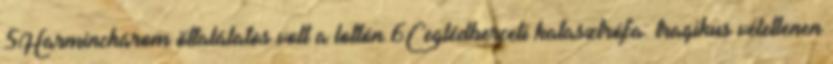
5Harminchárom öttalálatos volt a lottón 6Ceglédberceli katasztrófa: tragikus véletlenen